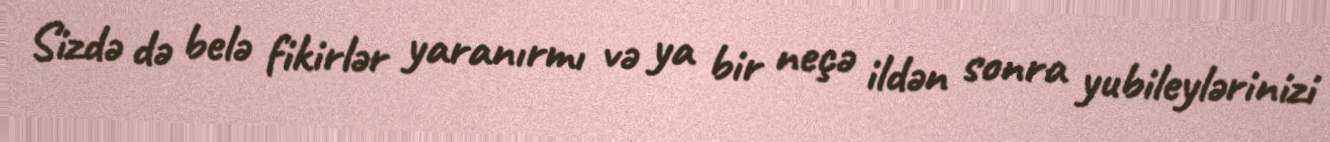
Sizdə də belə fikirlər yaranırmı və ya bir neçə ildən sonra yubileylərinizi